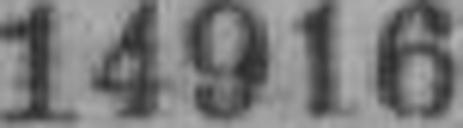
14916